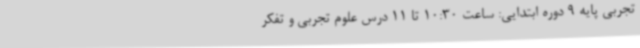
تجربی پایه 9 دوره ابتدایی: ساعت 10:30 تا 11 درس علوم تجربی و تفکر